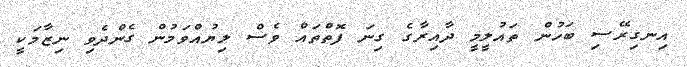
އިނގިރޭސި ބަހުން ތައުލީމީ ދާއިރާގެ ގިނަ ފޮތްތައް ވެސް ލިޔުއްވަމުން ގެންދެވި ނިޒާމަކީ